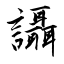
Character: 讘